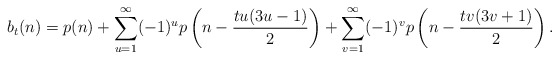
\begin{align*}b_{t}(n)=p(n)+\sum_{u=1}^{\infty}(-1)^{u}p\left(n-\frac{t u(3u-1)}{2} \right) +\sum_{v=1}^{\infty}(-1)^{v}p\left(n-\frac{t v(3v+1)}{2} \right).\end{align*}